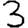
Digit: 3